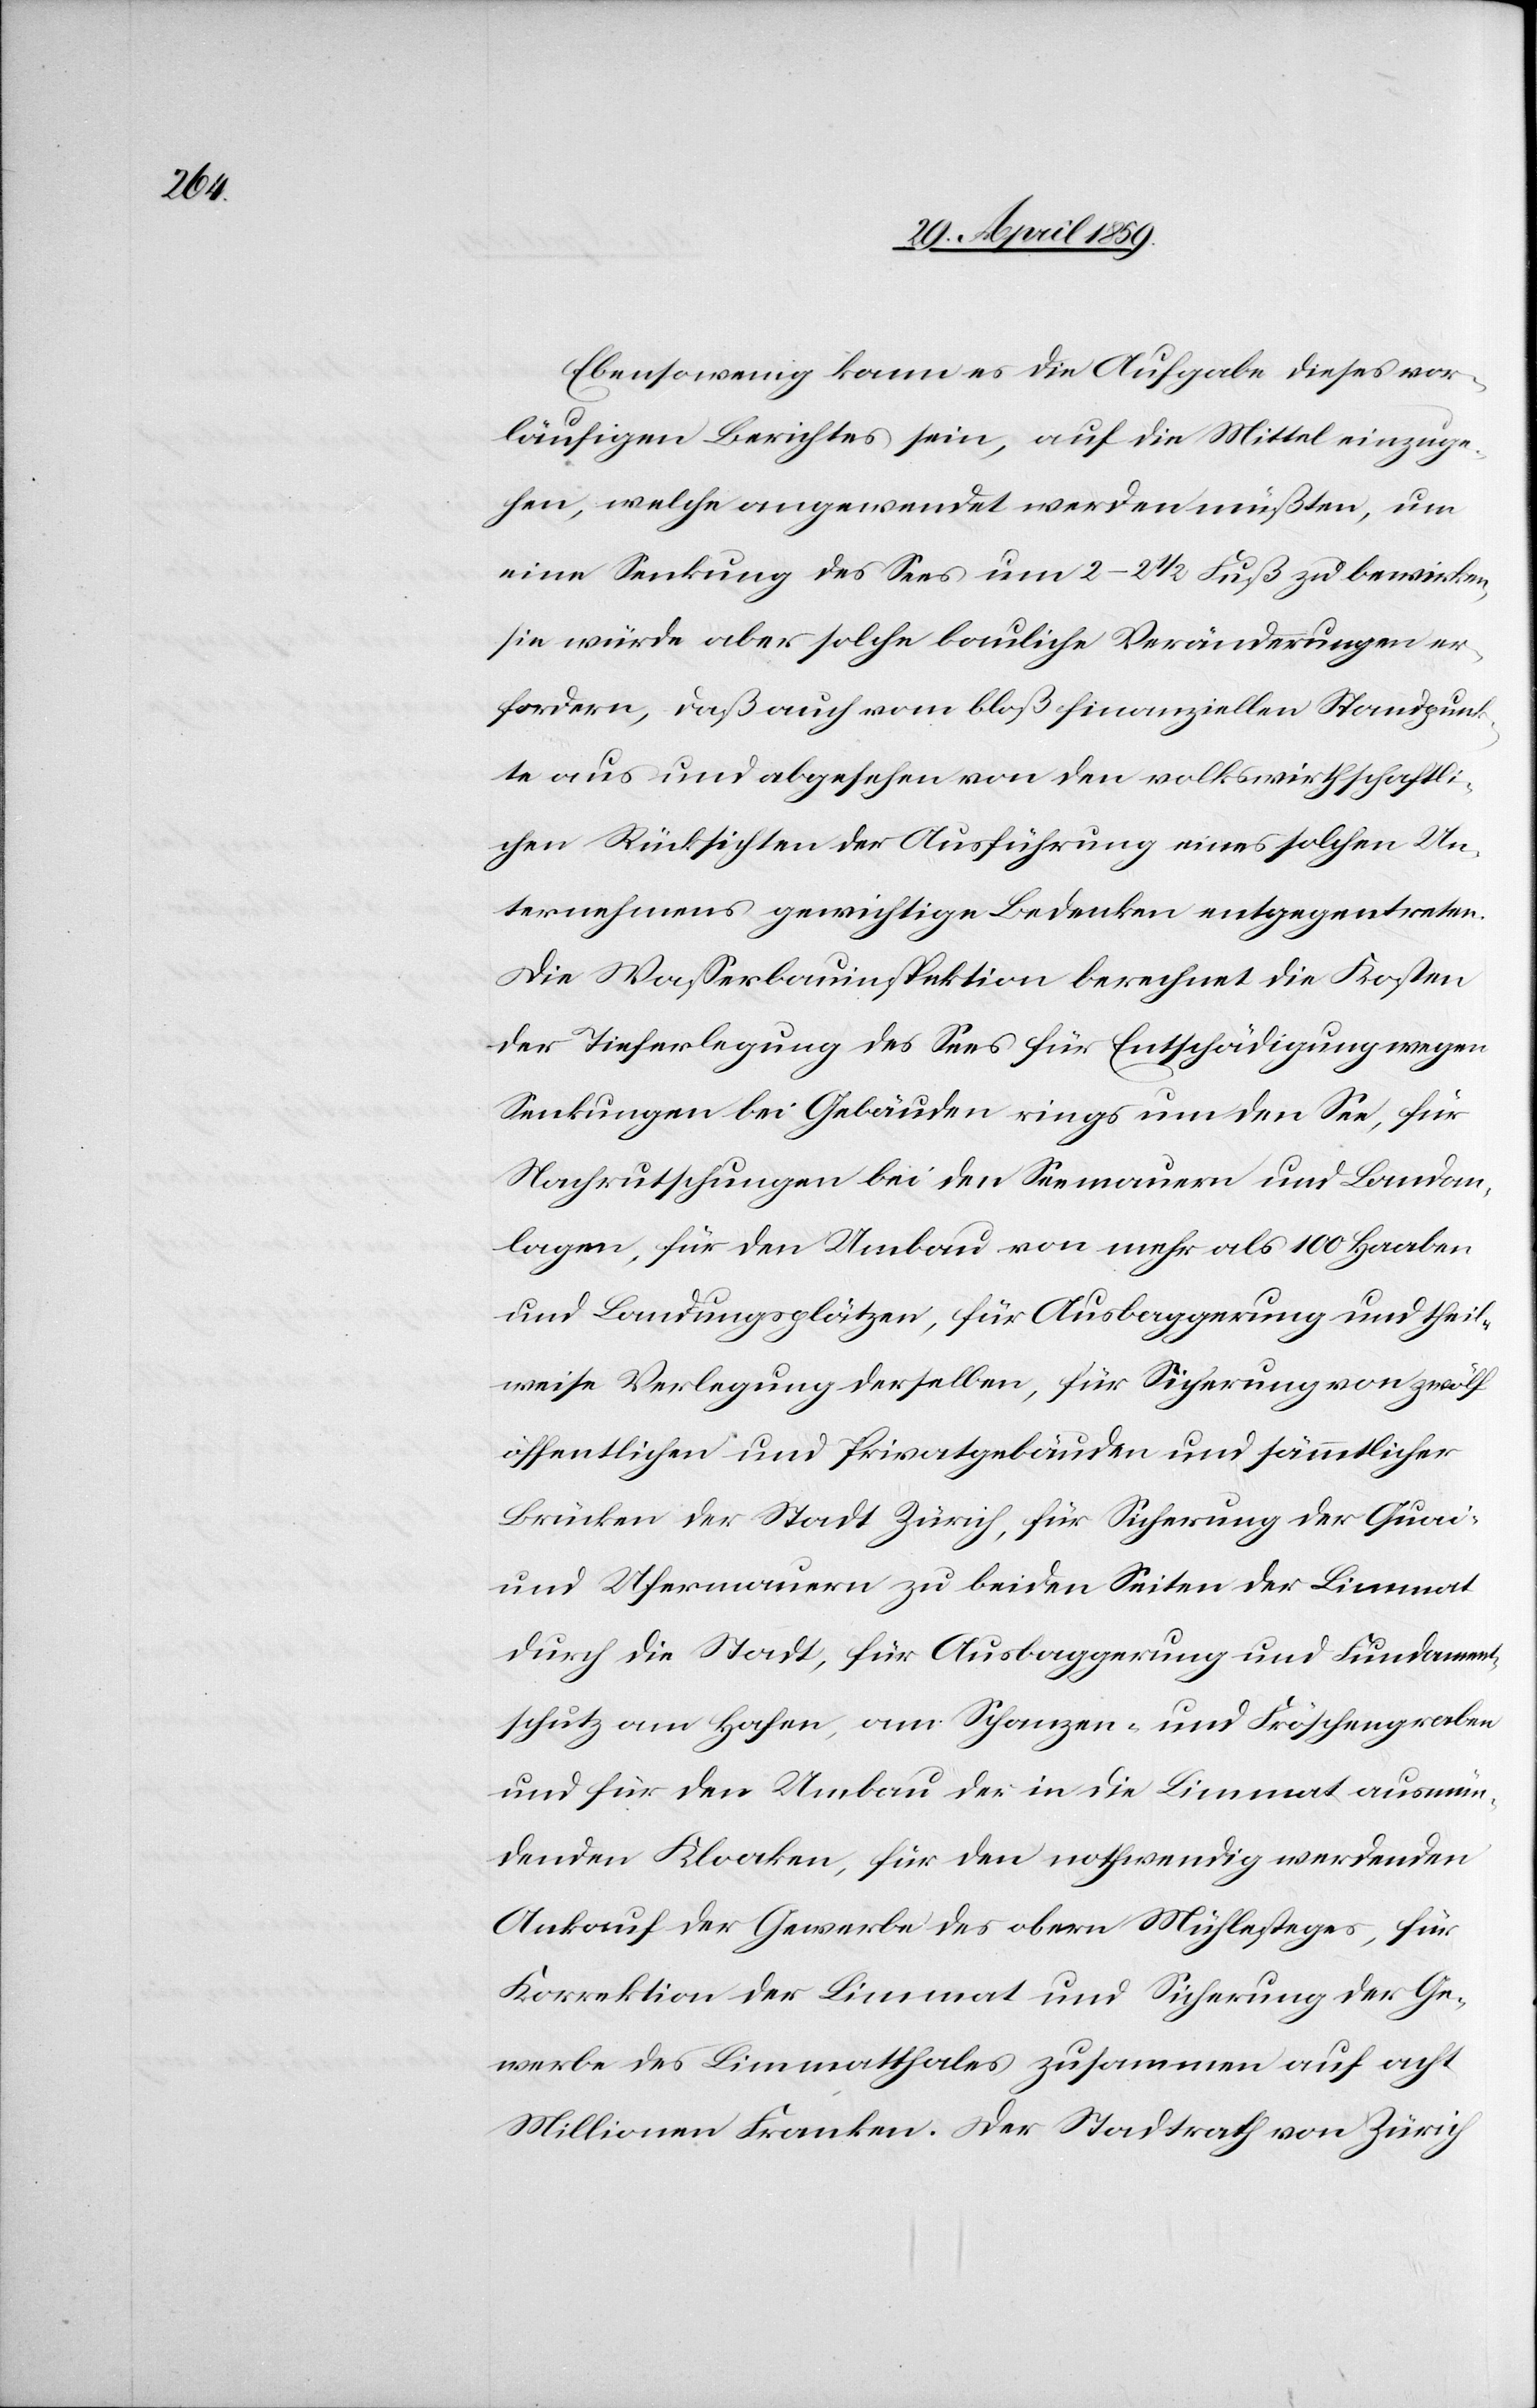
Ebensowenig kann es die Aufgabe dieses vor¬
läufigen Berichtes sein, auf die Mittel einzuge¬
hen, welche angewendet werden müßten, um
eine Senkung des Sees um 2(2 ½ Fuß zu bewirken,
sie würde aber solche bauliche Veränderungen er¬
fordern, daß auch vom bloß finanziellen Standpunk¬
te aus und abgesehen von den volkswirthschafli¬
chen Rücksichten der Ausführung eines solchen Un¬
ternehmens gewichtige Bedenken entgegentreten.
Die Waßerbauinspektion berechnet die Kosten
der Tieferlegung des Sees für Entschädigung wegen
Senkungen bei Gebäuden rings um den See, für
Nachrutschungen bei den Seemauern und Landan¬
lagen, für den Umbau von mehr als 100 Haaben
und Landungsplätzen, für Ausbaggerung und theil¬
weise Verlegung derselben, für Sicherung von zwölf
öffentlichen und Privatgebäuden und sämmtlicher
Brücken der Stadt Zürich, für Sicherung der Quai-
und Ufermauern zu beiden Seiten der Limmat
durch die Stadt, für Ausbaggerung und Fundament¬
schutz am Hafen, am Schanzen- und Fröschengraben
und für den Umbau der in die Limmat ausmün¬
denden Kloaken, für den nothwendig werdenden
Ankauf der Gewerbe des obern Mühlesteges, für
Korrektion der Limmat und Sicherung der Ge¬
werbe des Limmatthales zusammen auf acht
Millionen Franken. Der Stadtrath von Zürich